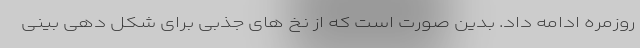
روزمره ادامه داد. بدین صورت است که از نخ های جذبی برای شکل دهی بینی